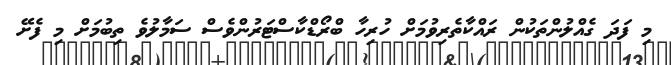
މި ފަދަ ގެއްލުންތަކުން ރައްކާތެރިވުމަށް ހުރިހާ ބްރޯޑްކާސްޓަރުންވެސް ސަމާލުވެ ތިބުމަށް މި ފެށޭ